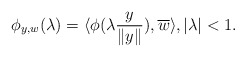
\begin{align*} \phi_{y,w}(\lambda)=\langle\phi(\lambda\frac{y}{\|y\|}),\overline{w}\rangle, |\lambda|<1.\end{align*}